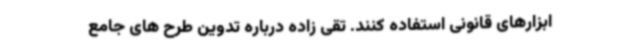
ابزارهای قانونی استفاده کنند. تقی زاده درباره تدوین طرح های جامع